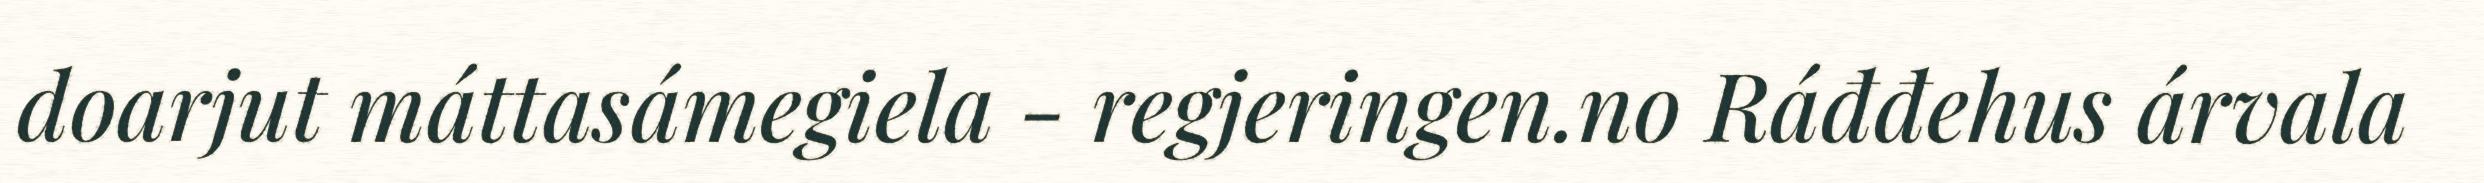
doarjut máttasámegiela - regjeringen.no Ráđđehus árvala